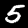
Label: 5